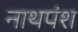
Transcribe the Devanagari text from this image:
नाथपंश